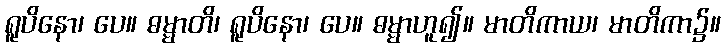
ရူပိနော၊ ပေ။ ဓမ္မာတိ၊ ရူပိနော၊ ပေ။ ဓမ္မာဟူ၍။ မာတိကာယ၊ မာတိကာ၌။